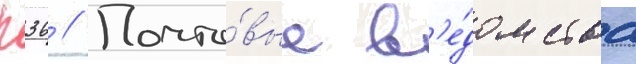
п36 // Почто́вые в'е́домства